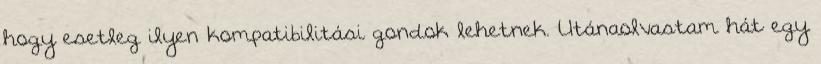
hogy esetleg ilyen kompatibilitási gondok lehetnek. Utánaolvastam hát egy